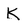
Character: K